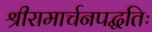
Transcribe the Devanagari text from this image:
श्रीरामार्चनपद्धतिः